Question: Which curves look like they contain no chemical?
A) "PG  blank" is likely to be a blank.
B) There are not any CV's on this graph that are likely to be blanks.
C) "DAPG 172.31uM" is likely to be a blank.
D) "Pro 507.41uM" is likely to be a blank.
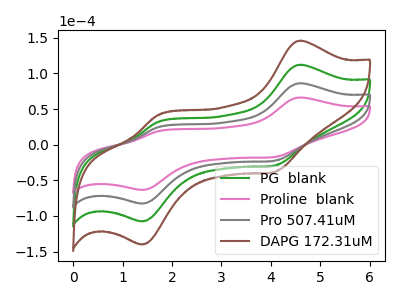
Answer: <think>The green curve "PG  blank" has anodic peaks at (4.60V, 172.25uA) (1.70V, 49.00uA) and cathodic peaks at (4.05V, -45.25uA) (1.40V, -165.45uA). The pink curve "Proline  blank" has anodic peaks at (4.60V, 66.20uA) (1.70V, 18.85uA) and cathodic peaks at (4.05V, -17.40uA) (1.40V, -63.55uA). The gray curve "Pro 507.41uM" has anodic peaks at (4.60V, 86.15uA) (1.70V, 24.50uA) and cathodic peaks at (4.05V, -22.65uA) (1.40V, -82.70uA). The brown curve "DAPG 172.31uM" has anodic peaks at (4.60V, 258.40uA) (1.70V, 73.50uA) and cathodic peaks at (4.05V, -67.90uA) (1.40V, -248.15uA).</think>
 <answer>B) There are not any CV's on this graph that are likely to be blanks.</answer>
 <eval>B</eval>